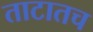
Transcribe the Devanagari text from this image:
ताटातच